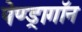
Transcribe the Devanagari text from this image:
पेण्ड्रागॉन